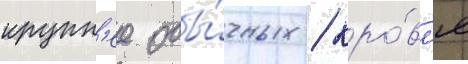
крупн'ее обы́чных / кро́вл'я